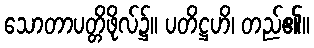
သောတာပတ္တိဖိုလ်၌။ ပတိဋ္ဌဟိ၊ တည်၏။